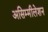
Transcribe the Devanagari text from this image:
असिम्मीलेशन